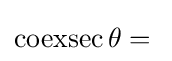
\operatorname {coexsec} \theta ={}